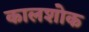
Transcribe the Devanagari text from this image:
कालशोक